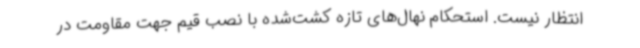
انتظار نیست. استحکام نهال‌های تازه کشت‌شده با نصب قیم جهت مقاومت در